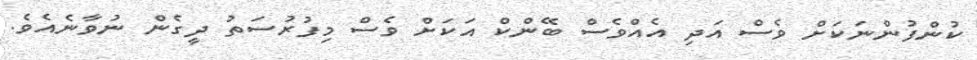
ކުންފުންނަކަށް ވެސް އަދި އެއްވެސް ބޭންކް އަކަށް ވެސް މިފުރުސަތު ދީގެން ނުވާނެއެވެ.